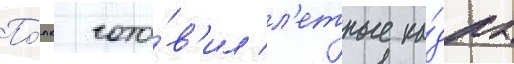
По́лк гото́в'ил л'етные ка́дры